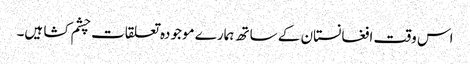
اس وقت افغانستان کے ساتھ ہمارے موجودہ تعلقات چشم کشا ہیں۔